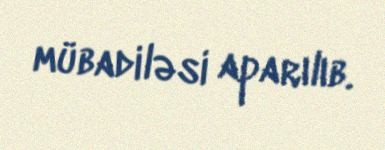
mübadiləsi aparılıb.